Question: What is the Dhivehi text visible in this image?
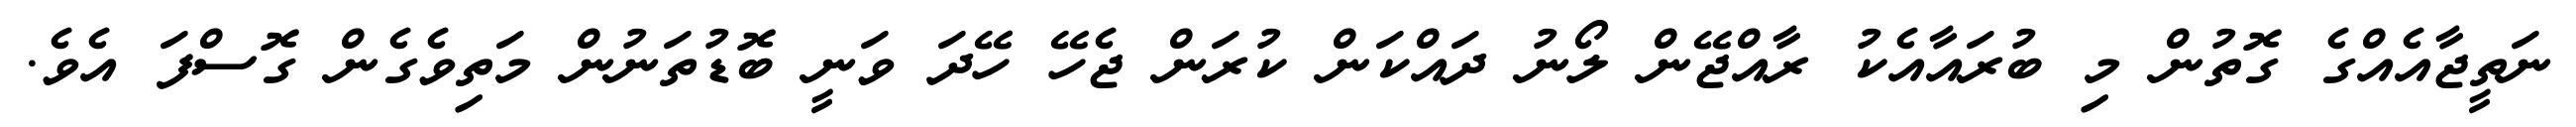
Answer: ނަތީޖާއެއްގެ ގޮތުން މި ބުރައާއެކު ރާއްޖޭން ލޯނު ދައްކަން ކުރަން ޖެހޭ ހޭދަ ވަނީ ބޮޑުތަނުން މަތިވެގެން ގޮސްފަ އެވެ.